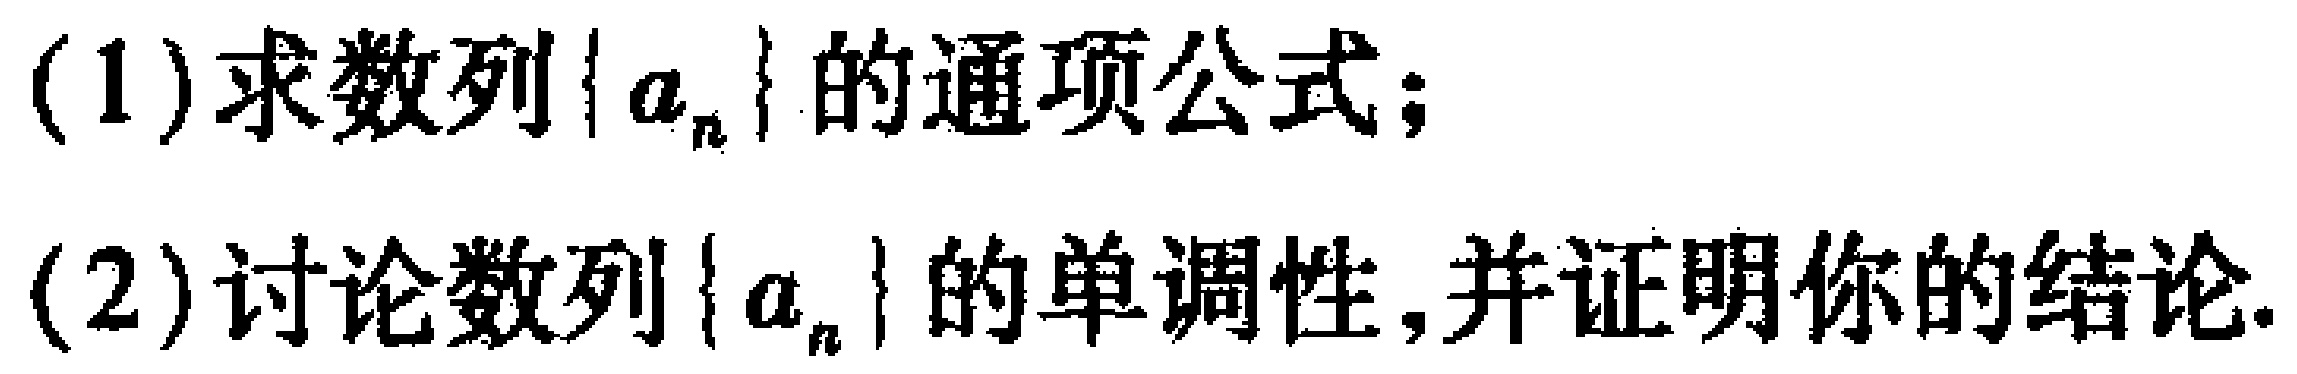
(1)求数列\(\{ a_{n}\}\)的通项公式；
(2)讨论数列\(\{ a_{n}\}\)的单调性,并证明你的结论.